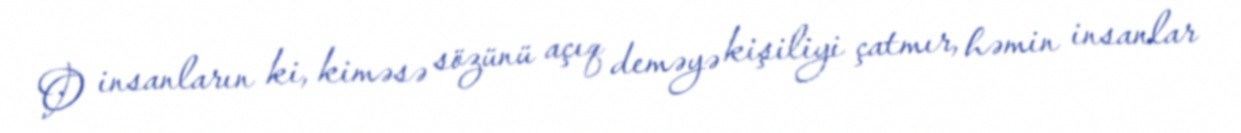
O insanların ki, kiməsə sözünü açıq deməyə kişiliyi çatmır, həmin insanlar